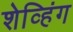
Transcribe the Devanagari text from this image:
शेव्हिंग